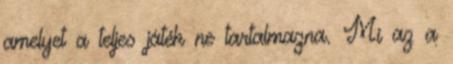
amelyet a teljes játék ne tartalmazna. Mi az a